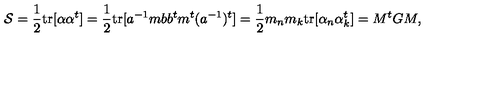
{ \cal S } = { \frac { 1 } { 2 } } \mathrm { t r } [ \alpha \alpha ^ { t } ] = { \frac { 1 } { 2 } } \mathrm { t r } [ a ^ { - 1 } m b b ^ { t } m ^ { t } ( a ^ { - 1 } ) ^ { t } ] = { \frac { 1 } { 2 } } m _ { n } m _ { k } \mathrm { t r } [ \alpha _ { n } \alpha _ { k } ^ { t } ] = M ^ { t } G M ,